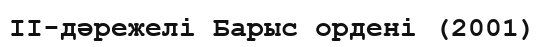
II-дәрежелі Барыс ордені (2001)